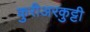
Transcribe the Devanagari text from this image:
कुरीअरकुट्टी